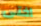
اختى